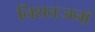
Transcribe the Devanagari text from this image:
निशतःजनॉ